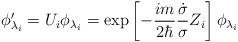
LaTeX: \begin{align*}\phi _{\lambda _i}^{\prime }=U_i\phi _{\lambda _i}=\exp \left[ -\frac{im}{2\hbar }\frac{\dot{\sigma}}{\sigma}Z_i\right]\phi _{\lambda _i}\end{align*}